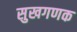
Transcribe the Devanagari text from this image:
सुखगणक